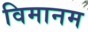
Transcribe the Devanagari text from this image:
विमानम